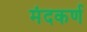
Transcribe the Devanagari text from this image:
मंदकर्ण